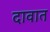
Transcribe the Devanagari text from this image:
दावात